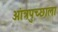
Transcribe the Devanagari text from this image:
आंत्रपुच्छाला